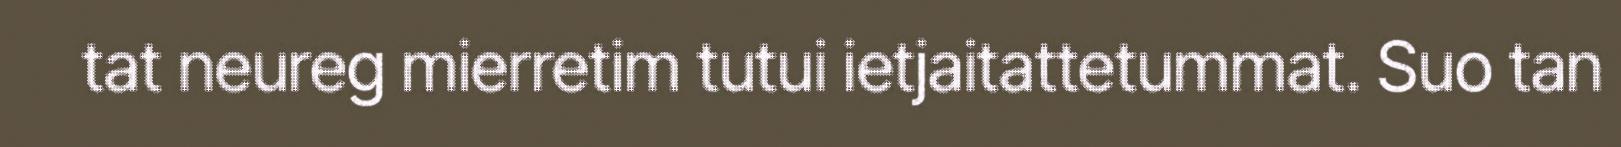
tat neureg mierretim tutui ietjaitattetummat. Suo tan